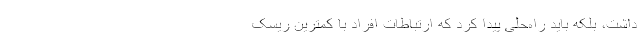
داشت، بلکه باید راه‌حلی پیدا کرد که ارتباطات افراد با کمترین ریسک